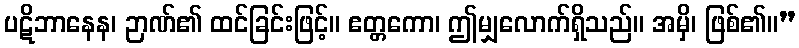
ပဋိဘာနေန၊ ဉာဏ်၏ ထင်ခြင်းဖြင့်။ ဧတ္တကော၊ ဤမျှလောက်ရှိသည်။ အမှိ၊ ဖြစ်၏။”